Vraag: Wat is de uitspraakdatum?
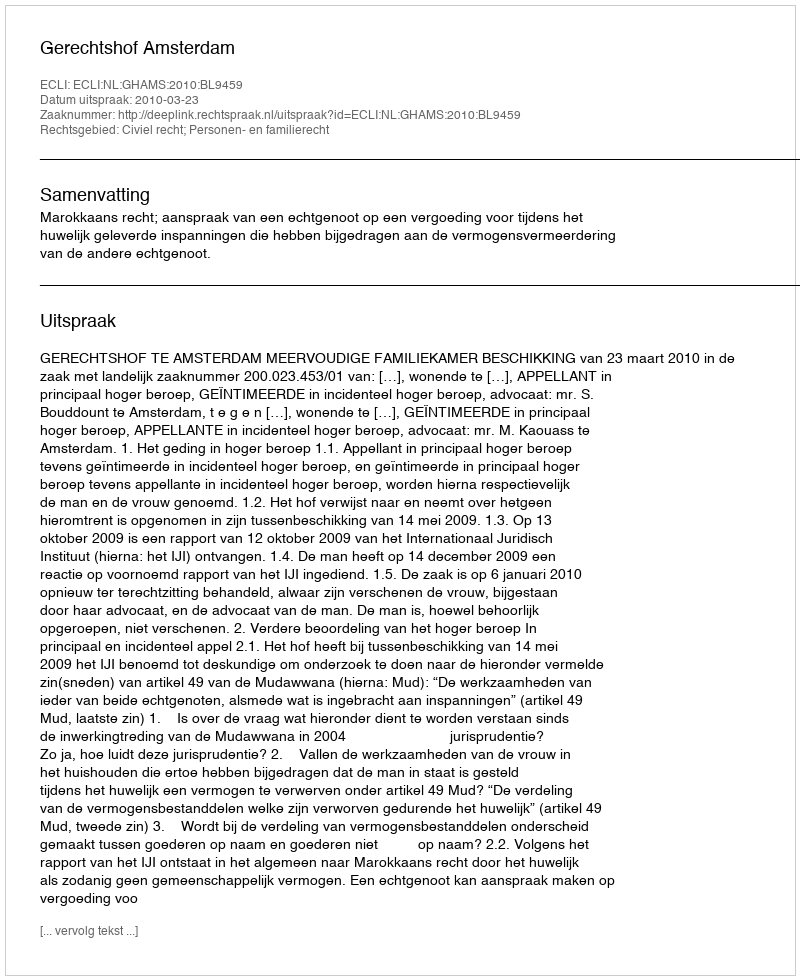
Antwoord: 2010-03-23